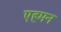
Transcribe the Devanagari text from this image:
एहमन